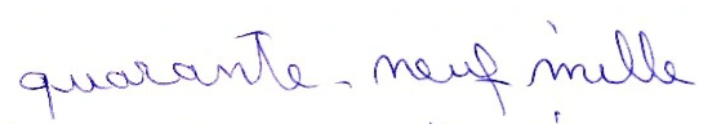
quarante-neuf mille